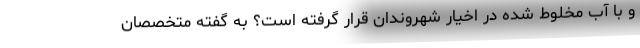
و با آب مخلوط شده در اخیار شهروندان قرار گرفته است؟ به گفته متخصصان